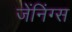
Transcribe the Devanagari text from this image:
जेंनिंग्स